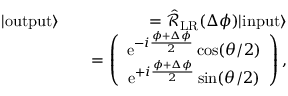
\begin{array} { r l r } { | \mathrm { o u t p u t } \rangle } & { } & { = \hat { \mathcal { R } } _ { \mathrm { L R } } ( \Delta \phi ) | \mathrm { i n p u t } \rangle } \\ & { } & { = \left( \begin{array} { c } { \mathrm { e } ^ { - i \frac { \phi + \Delta \phi } { 2 } } \cos ( \theta / 2 ) } \\ { \mathrm { e } ^ { + i \frac { \phi + \Delta \phi } { 2 } } \sin ( \theta / 2 ) } \end{array} \right) , } \end{array}